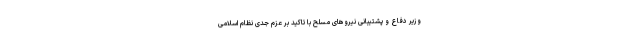
وزیر دفاع و پشتیبانی نیروهای مسلح با تاکید بر عزم جدی نظام اسلامی